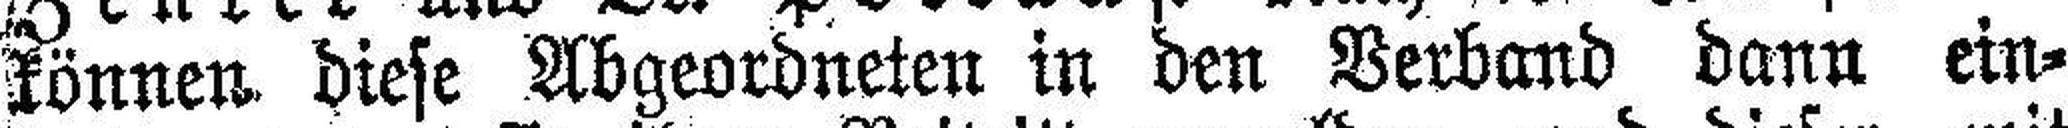
können diese Abgeordneten in den Verband dann ein¬